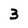
Character: 3